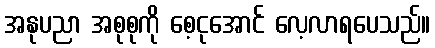
အနုပညာ အစုစုကို စေ့ငုအောင် လေ့လာရပေသည်။